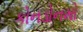
કોનડોનમો